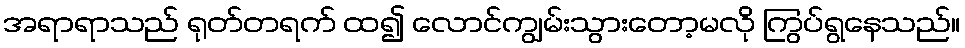
အရာရာသည် ရုတ်တရက် ထ၍ လောင်ကျွမ်းသွားတော့မလို ကြွပ်ရွနေသည်။